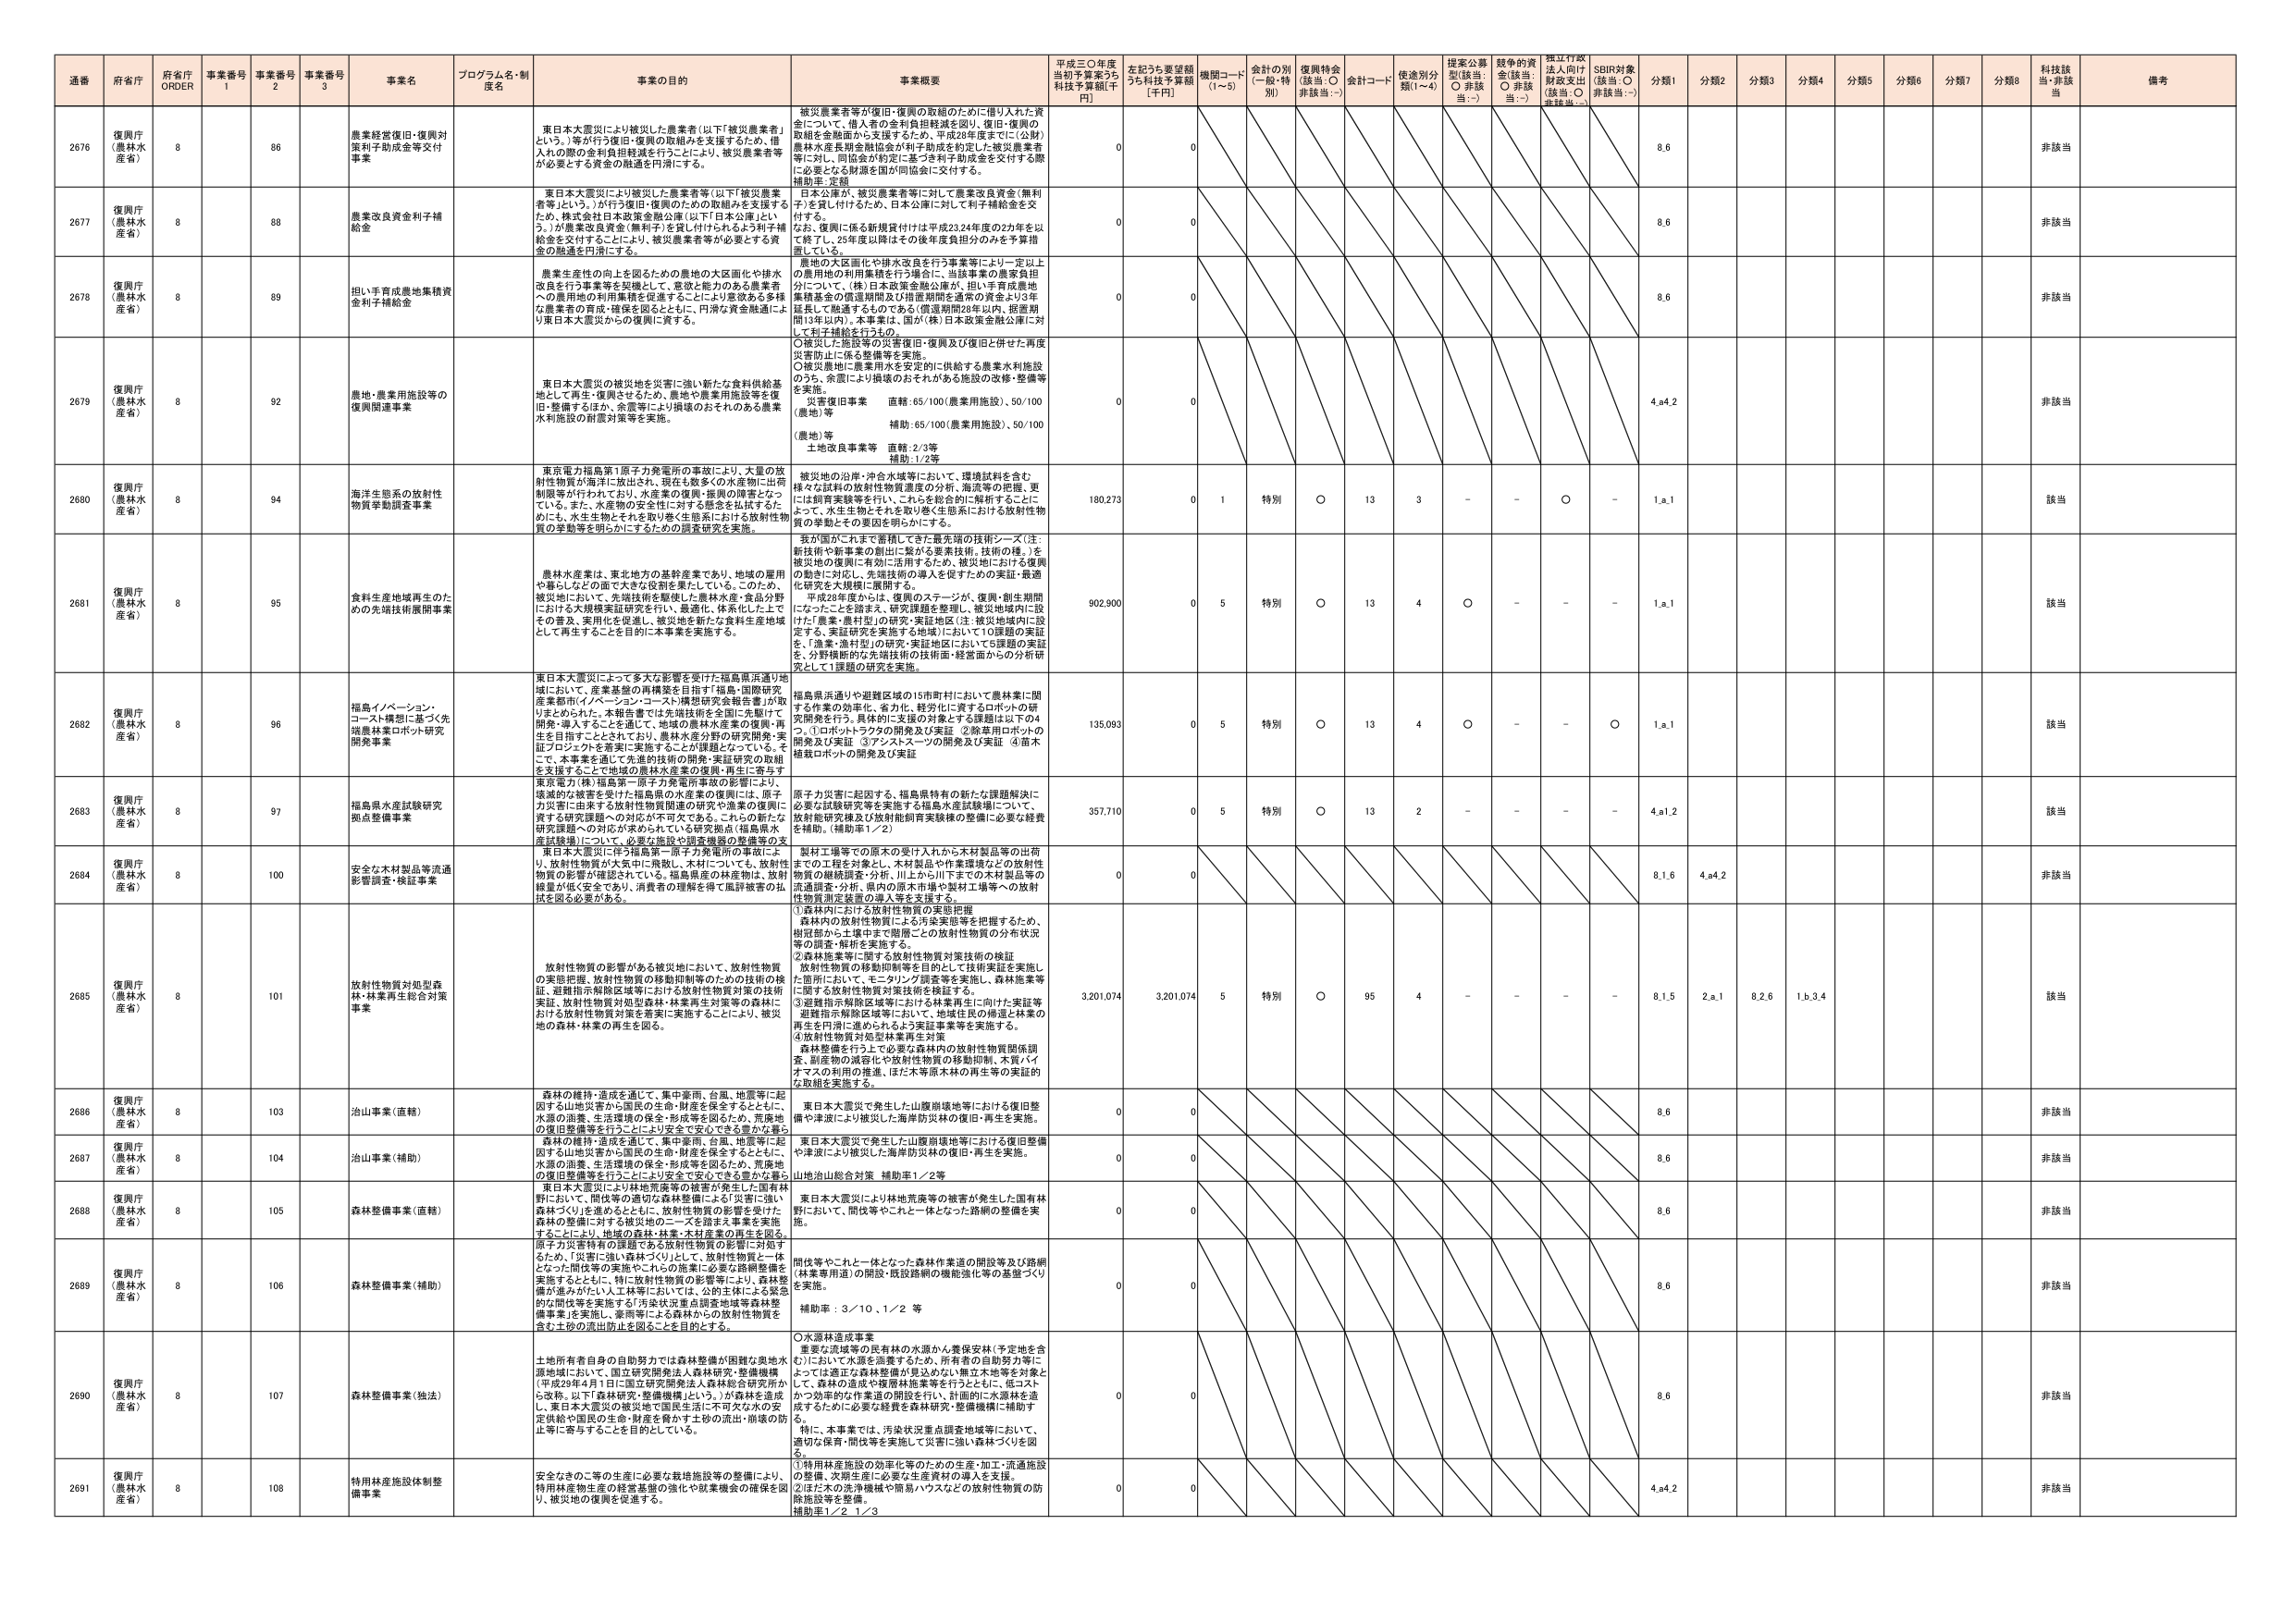
通番 府省庁 府省庁 ORDER 事業番号 1 事業番号 2 事業番号 3 事業名 プログラム名・制度名 事業の目的 事業概要 平成三〇年度当初予算案うち 科技予算額[千円] 左記うち要望額うち科技予算額 [千円] 機関コード (1～5) 会計の別 (一般・特別) 復興特会 (該当：○ 非該当：-) 会計コード 使途別分類(1～4) 提案公募型(該当：○ 非該当：-) 競争的資金(該当：○ 非該当：-) 独立行政法人向け財政支出 (該当：○ 非該当：-) SDR対象 (該当：○ 非該当：-) 分類1 分類2 分類3 分類4 分類5 分類6 分類7 分類8 科技該当・非該当 備考

2676 復興庁 (農林水産省) 8 86 農業経営復旧・復興対策利子助成金等交付事業 東日本大震災により被災した農業者（以下「被災農業者」という。）等が行う復旧・復興の取組みを支援するため、借入れの際の金利負担軽減を行うことにより、被災農業者等が必要とする資金の融通を円滑にする。 被災農業者等が復旧・復興の取組のために借り入れた資金について、借入者の金利負担軽減を図り、復旧・復興の取組を金融面から支援するため、平成28年度までに「公財」農林水産長期金融団金の利子助成金を拡充し、被災農業者等に対し、同助成金が約定に基づき利子助成金を交付する際、必要となる財源を国が同協会に交付する。 補助率：定額 0 0 8,6 非該当

2677 復興庁 (農林水産省) 8 88 農業改良資金利子補給金 東日本大震災により被災した農業者等（以下「被災農業者等」という。）が行う復旧・復興のための取組みを支援するため、株式会社日本政策金融公庫（以下「日本公庫」という。）が農業改良資金（無利子）を貸し付けられるよう利子補給金を交付することにより、被災農業者等が必要とする資金の融通を円滑にする。 日本公庫が、被災農業者等に対して農業改良資金（無利子）を貸し付けるため、日本公庫に対して利子補給金を交付する。 なお、復興に係る新規貸付けは平成23,24年度の2か年を以て終了し、25年度以降はその後年度負担分のみを予算措置している。 0 0 8,6 非該当

2678 復興庁 (農林水産省) 8 89 担い手育成農地集積資金利子補給金 農業生産性の向上を図るための農地の大臣画化や排水改良を行う事業等を契機として、意欲と能力のある農業者への農用地の利用集積を促進することにより意欲ある多様な農業者の育成・確保を図るとともに、円滑な資金融通により東日本大震災からの復興に資する。 農地の大臣画化や排水改良を行う事業等により一定以上の農用地の利用集積を行う場合に、当該事業の農家負担分について、「株」日本政策金融公庫が、担い手育成農地集積基金の償還期間及び措置期間を通常の資金より3年延長して融通するものである（償還期間29年以内、措置期間13年以内）。本事業は、国が「株」日本政策金融公庫に対して利子補給を行うもの。 0 0 8,6 非該当

2679 復興庁 (農林水産省) 8 92 農地・農業用施設等の復興関連事業 東日本大震災の被災地を災害に強い新たな食料供給基地として再生・復興させるため、農地や農業用施設等を復旧・整備するほか、余震等により損壊のおそれのある農業水利施設の耐震対策等を実施。 ○被災した施設等の災害復旧・復興及び復旧と併せた再度災害防止に係る整備等を実施。 ○被災農地に農業用水を安定的に供給する農業水利施設のうち、余震により損壊のおそれがある施設の改修・整備等を実施。 災害復旧事業 直轄：65/100（農業用施設）、50/100（農地）等 補助：65/100（農業用施設）、50/100（農地）等 土地改良事業等 直轄：2/3等 補助：1/2等 0 0 4,a4,2 非該当

2680 復興庁 (農林水産省) 8 94 海洋生態系の放射性物質挙動調査事業 東京電力福島第1原子力発電所の事故により、大量の放射性物質が海洋に放出され、現在も数多くの水産物に出荷制限等が行われており、水産業の復興・振興の障害となっている。また、水産物の安全性に対する懸念を払拭するためにも、水生生物とそれを取り巻く生態系における放射性物質の挙動等を明らかにするための調査研究を実施。 被災地の沿岸・沖合水域等において、環境試料を含む様々な試料の放射性物質濃度の分析、潮流等の把握、更には個体実験等を行い、これらを総合的に解析することによって、水生生物とそれを取り巻く生態系における放射性物質の挙動とその要因を明らかにする。 180,273 0 1 特別 ○ 13 3 - - ○ - 1,a,1 該当

2681 復興庁 (農林水産省) 8 95 食料生産地域再生のための先端技術展開事業 農林水産業は、東北地方の基幹産業であり、地域の雇用や暮らしなどの面で大きな役割を果たしている。このため、被災地において、先端技術を駆使した農林水産・食品分野における大規模実証研究を行い、最適化、体系化した上でその普及、実用化を促進し、被災地を新たな食料生産地域として再生することを目的に本事業を実施する。 我が国がこれまで蓄積してきた最先端の技術シーズ（注：新技術や新事業の創出に繋がる要素技術、技術の種。）を被災地の復興に有効に活用するため、被災地における復興の動きに対応し、先端技術の導入を促すための実証・最適化研究を大規模に展開する。 平成28年度からは、復興のステージが、復興・創生期間になったことを踏まえ、研究課題を整理し、被災地域内に設けた「農業・農村型」の研究・実証地区（注：被災地域内に設定する、実証研究を実施する地域）において①課題の実証を、「漁業・漁村型」の研究・実証地区において⑤課題の実証を、分野横断的な先端技術の技術面・経営面からの分析研究として①課題の研究を実施。 902,900 0 5 特別 ○ 13 4 ○ - - - 1,a,1 該当

2682 復興庁 (農林水産省) 8 96 福島イノベーション・コートル構想に基づく先端農林業ロボット研究開発事業 東日本大震災によって多大な影響を受けた「福島県浜通り地域」において、産業基盤の再構築を目指す「福島・国際研究産業都市（イノベーション・コートル）構想研究会報告書」が取りまとめられた。本報告書では先端技術を全国に先駆けて開発・導入することを通じて、地域の農林水産業の復興・再生を目指すこととされており、農林水産分野の研究開発・実証プロジェクトを着実に実施することが課題となっている。そこで、本事業を通じて先進的技術の開発・実証研究の取組を支援することで地域の農林水産業の復興・再生に寄与する。 福島県浜通りや避難区域の15市町村において農林業に関する作業の効率化、省力化、経済的に資するロボットの研究開発を行う。具体的に支援の対象とする課題は以下の4つ。①ロボットトラクタの開発及び実証 ②除草用ロボットの開発及び実証 ③アシストスーツの開発及び実証 ④苗木植栽ロボットの開発及び実証 135,093 0 5 特別 ○ 13 4 ○ - - ○ 1,a,1 該当

2683 復興庁 (農林水産省) 8 97 福島県水産試験研究拠点整備事業 東京電力（福島第一原子力発電所事故の影響により、環境的な被害を受け、福島県の水産業の復興には、原子力災害に由来する放射性物質関連の研究や漁業の復興に資する研究課題への対応が不可欠である。これらの新たな研究課題への対応が求められている研究拠点（福島県水産試験場）について、必要な施設や調査機器の整備等の支援を行う。 原子力災害に起因する、福島県特有の新たな課題解決に必要な試験研究等を実施する福島水産試験場について、放射能研究棟及び放射能制御育実験棟の整備に必要な経費を補助。（補助率1／2） 357,710 0 5 特別 ○ 13 2 - - - - 4,a1,2 該当

2684 復興庁 (農林水産省) 8 100 安全な木材製品等流通振興調査・検証事業 東日本大震災に伴う福島第一原子力発電所の事故により、放射性物質が大気中に飛散し、木材についても、放射性物質の影響が確認されている。福島県産の林産物は、放射線量が低く安全であり、消費者の理解を得て風評被害の払拭を図る必要がある。 製材工場等での原木の受け入れから木材製品等の出荷までの工程を対象とし、木材製品や作業環境などの放射性物質の継続調査・分析、川上から川下までの木材製品等の流通調査・分析、県内の原木市場や製材工場等への放射性物質測定装置の導入等を支援する。 ①森林内における放射性物質の実態把握 森林内の放射性物質による汚染実態等を把握するため、樹冠部から土壌中まで階層ごとの放射性物質の分布状況等の調査・解析を実施する。 ②森林施業等に関する放射性物質対策技術の検証 放射性物質の移動抑制等を目的として技術実証を実施した箇所において、モニタリング調査等を実施し、森林施業等に関する放射性物質対策技術を検証する。 ③避難指示解除区域等における林業再生に向けた実証等 避難指示解除区域等において、地域住民の帰還と林業の再生を円滑に進められるよう実証事業等を実施する。 ④放射性物質対処型林業再生対策 森林整備を行う上で必要な森林内の放射性物質関係調査、副産物の減容化や放射性物質の移動抑制、木質バイオマスの利用の推進、ほだ木等原木材の再生等の実証的な取組を実施する。 0 0 8,1,6 4,a4,2 非該当

2685 復興庁 (農林水産省) 8 101 放射性物質対処型森林・林業再生総合対策事業 放射性物質の影響がある被災地において、放射性物質の実態把握、放射性物質の移動抑制等のための技術の検証、避難指示解除区域等における放射性物質対策の技術実証、放射性物質対処型森林・林業等の対策等の森林における放射性物質対策を着実に実施することにより、被災地の森林・林業の再生を図る。 3,201,074 3,201,074 5 特別 ○ 95 4 - - - - 8,1,5 2,a,1 8,2,6 1,b,3,4 該当

2686 復興庁 (農林水産省) 8 103 治山事業（直轄） 森林の維持・造成を通じて、集中豪雨、台風、地震等に起因する山地災害から国民の生命・財産を保全するとともに、水源の涵養、生活環境の保全・形成等を図るため、荒廃地の復旧整備等を行うことにより安全で安心できる豊かな暮らしを。 東日本大震災で発生した山腹崩壊地等における復旧整備や津波により被災した海岸防災林の復旧・再生を実施。 0 0 8,6 非該当

2687 復興庁 (農林水産省) 8 104 治山事業（補助） 東日本大震災で発生した山腹崩壊地等における復旧整備や津波により被災した海岸防災林の復旧・再生を実施。 山地治山総合対策 補助率1／2等 0 0 8,6 非該当

2688 復興庁 (農林水産省) 8 105 森林整備事業（直轄） 東日本大震災により林地荒廃等の被害が発生した国有林野において、間伐等の適切な森林整備による「災害に強い森林づくり」を進めるとともに、放射性物質の影響を受けた森林の整備に対する被災地のニーズを踏まえ事業を実施することにより、地域の森林・林業・木材産業の再生を図る。 東日本大震災により林地荒廃等の被害が発生した国有林野において、間伐等やこれと一体となった路網の整備を実施。 0 0 8,6 非該当

2689 復興庁 (農林水産省) 8 106 森林整備事業（補助） 原子力災害特有の課題である放射性物質の影響に対処するため、「災害に強い森林づくり」として、放射性物質と一体となった間伐等の実施されたもの改善や必要な路網整備を実施するとともに、特に放射性物質の影響等により、森林整備が進みがたい人工林等においては、公的主体による緊急的な間伐等を実施する「汚染状況重点調査地域等森林整備事業」を実施し、豪雨等による森林からの放射性物質を含む土砂の流出防止を図ることを目的とする。 間伐等やこれと一体となった森林作業道の開設等及び路網（林業専用道）の開設・既設路網の機能強化等の基盤づくりを実施。 補助率：3／10、1／2 等 0 0 8,6 非該当

2690 復興庁 (農林水産省) 8 107 森林整備事業（独法） 土地所有者自身の自助努力では森林整備が困難な奥地水産地域において、国立研究開発法人森林研究・整備機構（平成29年4月1日「国立研究開発法人森林総合研究所から改称。以下「森林研究・整備機構」という。）が森林を造成し、東日本大震災の被災地で国民生活に不可欠な水の安定供給や国民の生命・財産を脅かす土砂の流出・崩壊の防止等に寄与することを目的としている。 ○水源林造成事業 重要な流域等の民有林の水源かん養保安林（予定地を含む）において水源を涵養するため、所有者の自助努力等に基づき造成する森林整備が見込めない無主土地等を対象として、森林の造成や整備林整備等を行うとともに、低コストかつ効率的な作業道の開設を行い、計画的に水源林を造成するために必要な経費を森林研究・整備機構に補助する。 特に、本事業では、汚染状況重点調査地域等において、適切な保育・間伐等を実施して災害に強い森林づくりを図る。 0 0 8,6 非該当

2691 復興庁 (農林水産省) 8 108 特用林産施設体制整備事業 安全なきのこ等の生産に必要な栽培施設等の整備により、特用林産物生産の経営基盤の強化や就業機会の確保を図り、被災地の復興を促進する。 ①特用林産施設の効率化等のための生産・加工・流通施設の整備、次期生産に必要な生産資材の導入を支援。 ②湿性木の洗浄機械や簡易ハウスなどの放射性物質の防除施設等を整備。 補助率1／2 1／3 0 0 4,a4,2 非該当